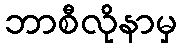
ဘာစီလိုနာမှ